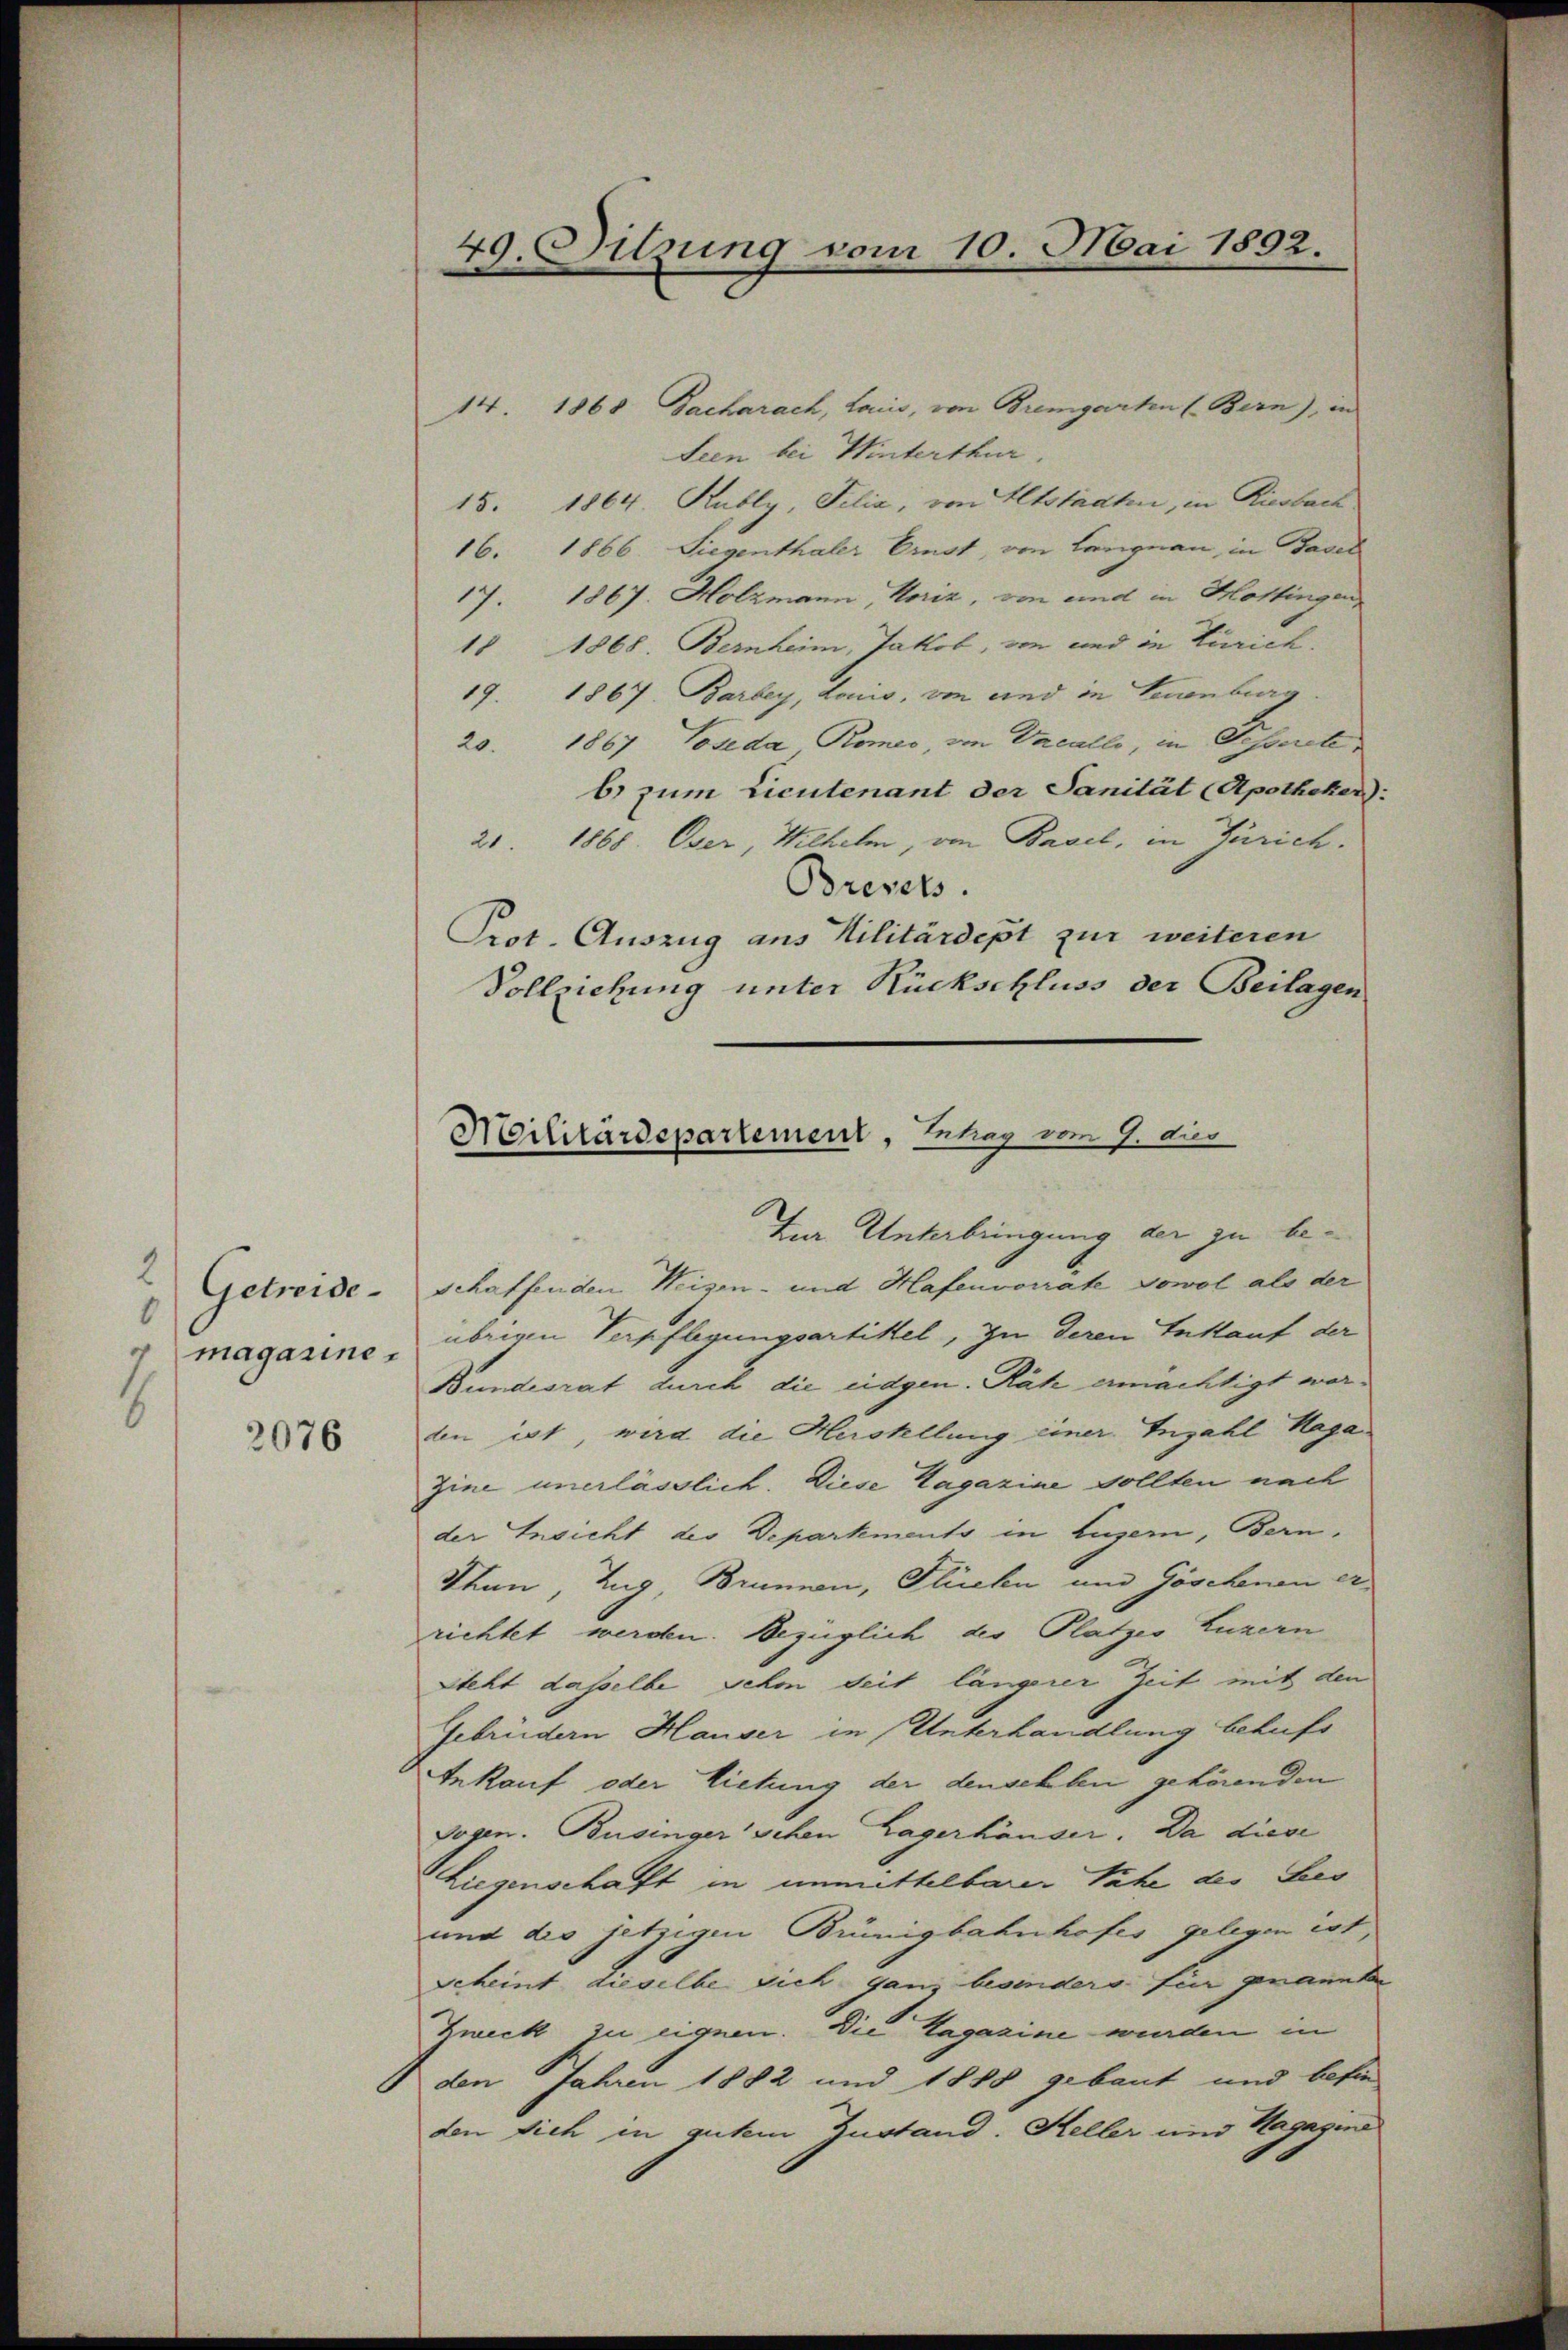
2
Getreide¬
0
magaziner
8

3076

49. Sitzung vom 10. Mai 1892.

14. 1868 Bacharach, lais, von Bremgarten (Bern), in
Seen bei Winterthur.
15. 1864. Kubly, Felia, von Altstadten, in Riesbach
16. 1866. Siegenthaler Ernst, von Langnau, in Basel
17. 1867. Holzmann, Horiz, von und in Hottingen,
18 1868. Bernheim, Jakob, von und in Zürich.
19. 1867. Barbey, Lonis, von und in Neuenburg
20. 1867 Coseda Romeo, von Vacallo, in Fesserete
b) zum Lieutenant der Sanität (Apotheker):
21. 1868. Oser, Wilhelm, von Basel, in Zürich.
Brevets.
Prot. Auszug aus Militärdept zur weiteren
Vollziehung unter Rückschluss der Beilagen

Militärdepartement, Erhar vom 9. dies

Zur Unterbringung der zu beschaffenden Weizen- und Hafenvorrate Sowol als der
übrigen Verpflegungsartikel, zu deren Entlauf der
Bundesrat durch die eidgen. Räh ermächtigt werden ist, wird die Herstellung einer Inzahl Haga
Zine unerlässlich. Diese Hagazine sollten nach
der Ansicht des Departmento in Luzern, Bern,
Than, Zug, Brunnen, Flüche und Göschenen errichtet werden. Bezüglich des Platzes Luzern
steht dasselbe schon seit längerer Zeit mit den
Gebrüdern Hauser in Unterhandlung behufs
Inkauf oder Lietung der densehlen gehörenden
Sogen. Büdinger sehen Lagerhäuser. Da diese
Liegenschaft in unmittelbarer Nähe der Lies
und des jetzigen Brünigbahnhofes gelegen ist,
scheint dieselbe sich ganz besinders für genannten
Zweck zu eignen. Die Hagazine wurden in
den Jahren 1882 und 1888 gebaut und befin
den sich in gutem Zustand. Keller und Hagagina